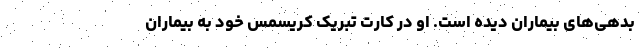
بدهی‌های بیماران دیده است. او در کارت تبریک کریسمس خود به بیماران